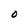
Character: O